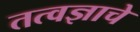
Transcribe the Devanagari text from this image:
तत्वज्ञाचे